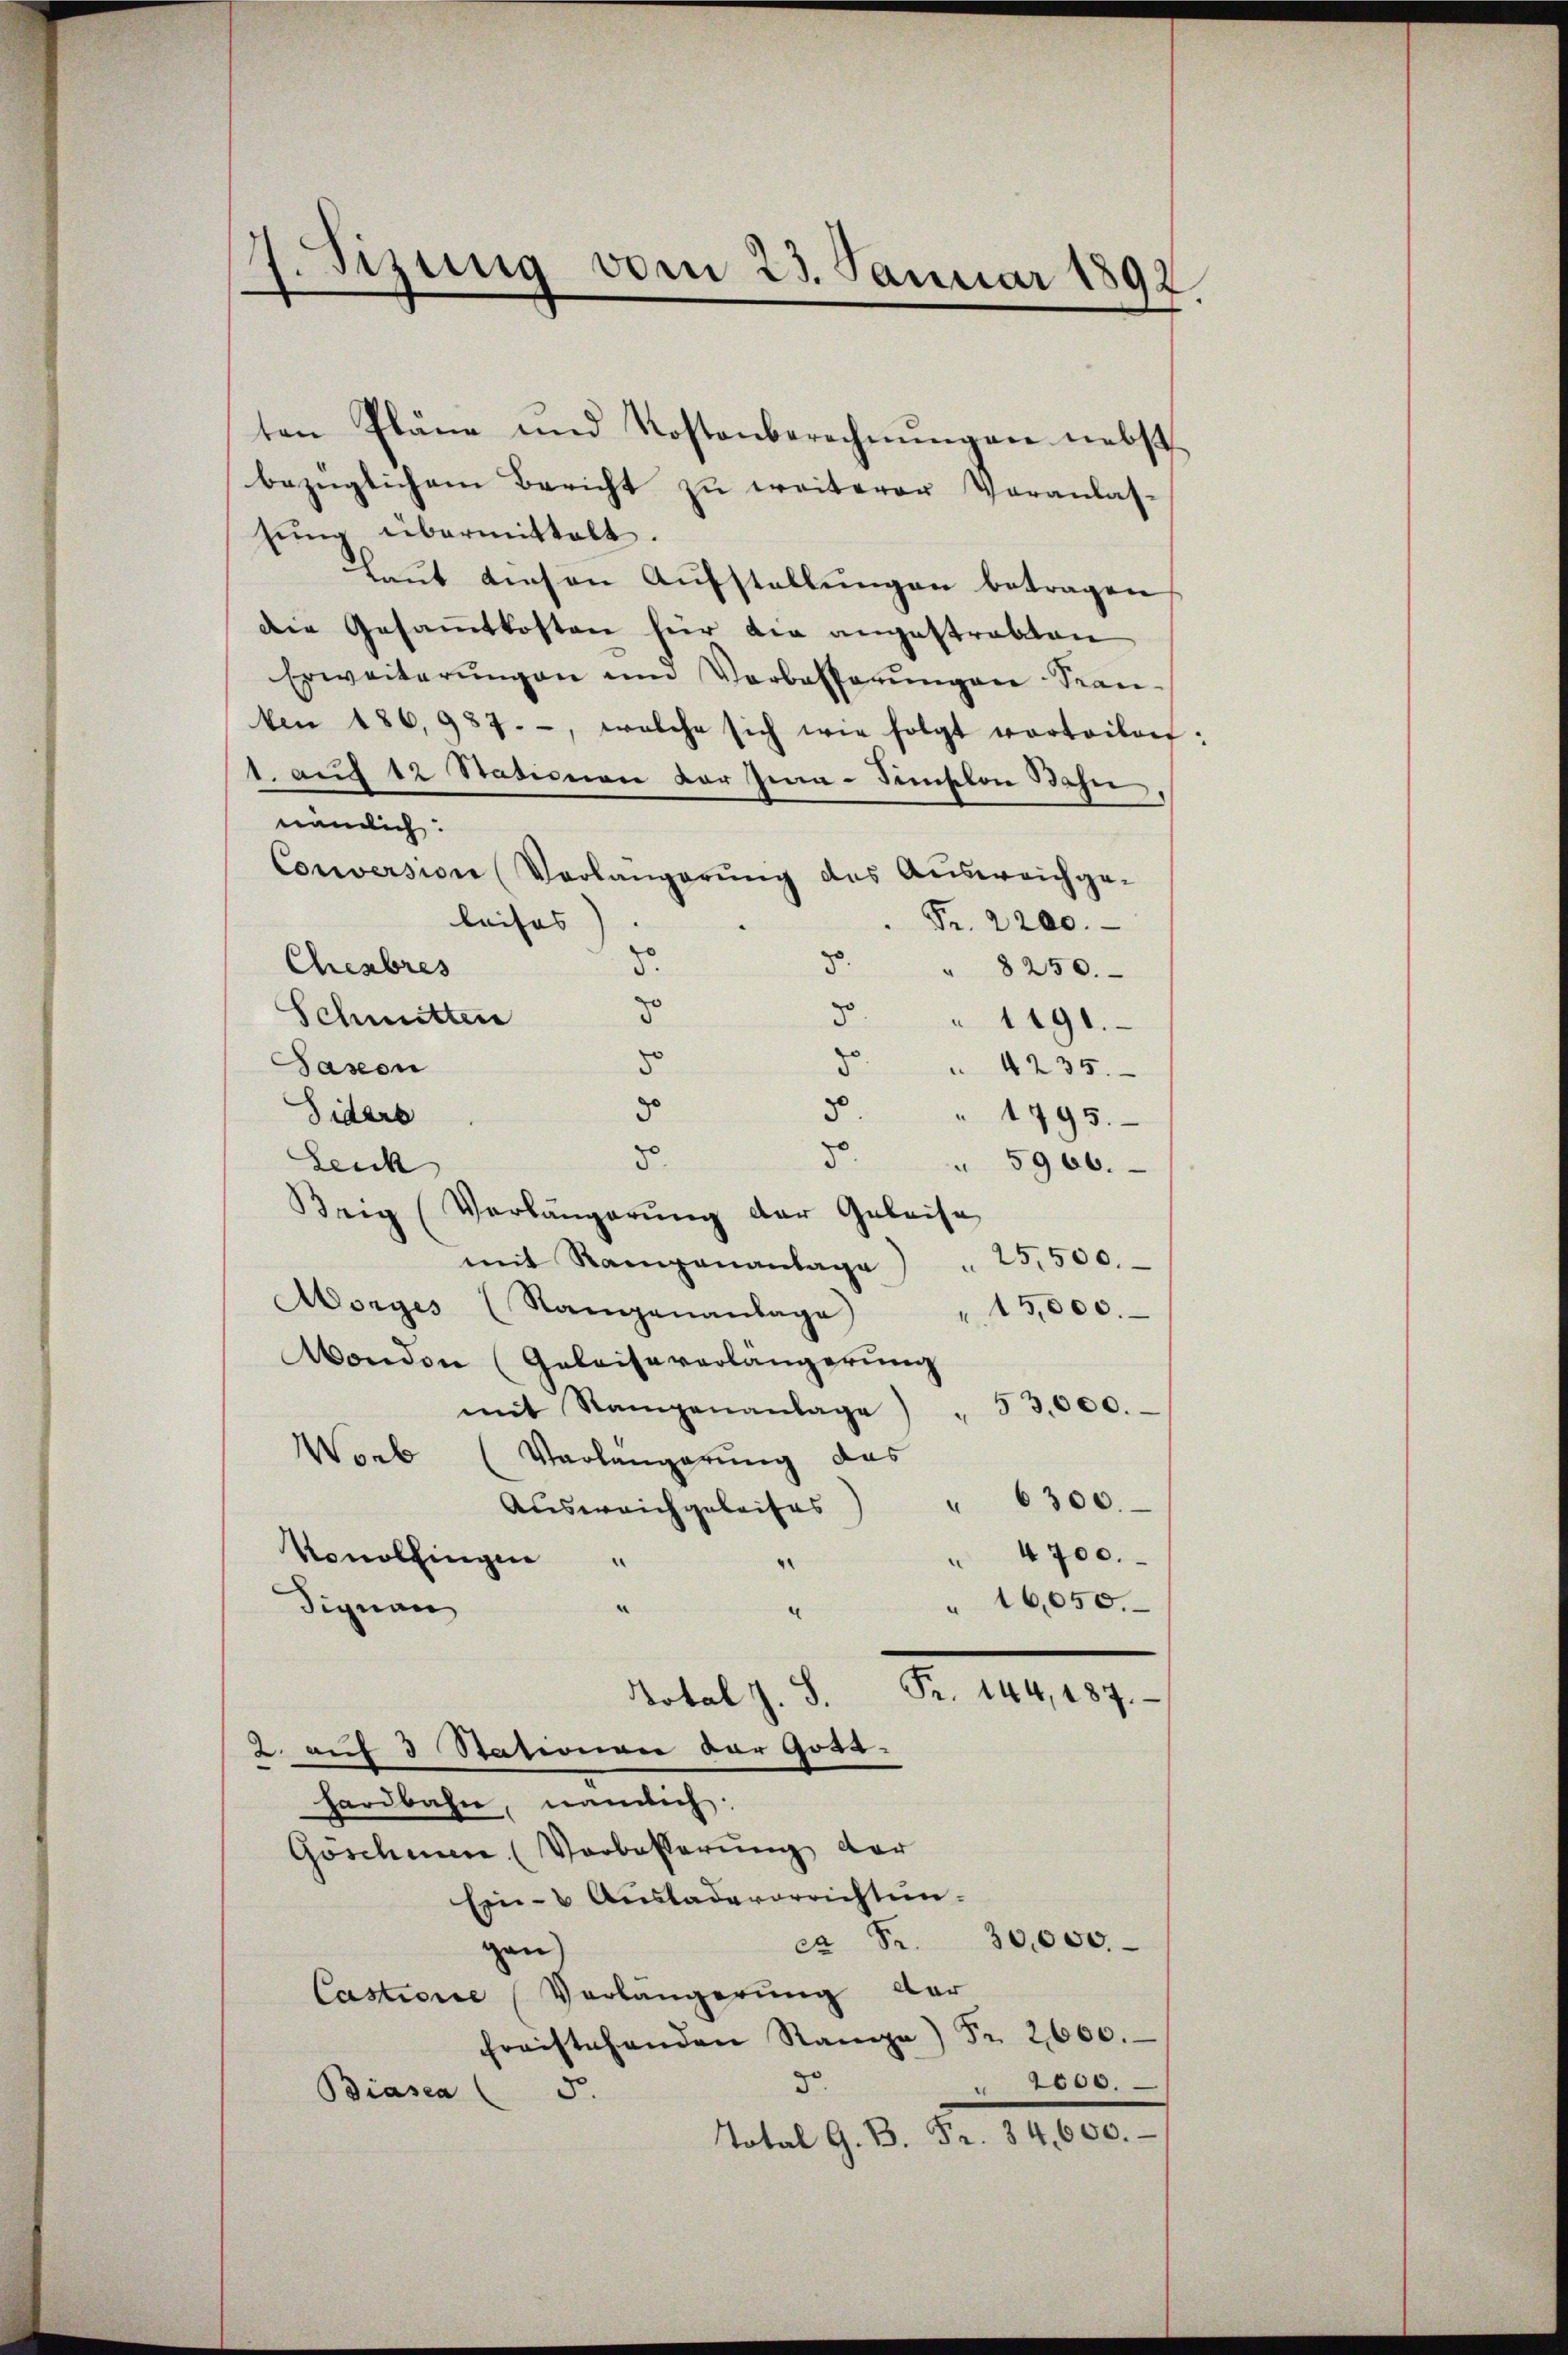
ten Pläne und Kostenberechnungen nebst
bezüglichem Bericht zu weiterer Veranlas-
tŭng übermittelt.
Laut diesen Aufstellungen betragen
die Gesammtkosten für die angestrakten
Erweiterungen und Vorbesserungen Seen-
ken 186,987. -, welche sich wie folgt vorteilen:
1. auf 12 Stationen der Ima-Simston Bahn,
nämlich:
Conversion (Verlangerŭng des Aŭsweichge-
leises |
Fr. 2200.
8.
Chenbres
5 " 8250.
zo
Schmitten
d. " 1191.
do
Jason
 . 4235.
5
d
Siders
" 1795.
30.
5
Leuk
5900.
Beig (Verlängerung der Geleise
25,500.
mit Rampenantage
Aorges (Stangenanlage)
15,000.
Mondon (Geleiseverlängerung
mit Stampenanlage) " 53,000.
Worb (Verlangerung das
Aŭsweichgeleises) " 6300.
Konolfingen
4700.
e
 16,050.
Signan
.
Fr. 144, 187.
Notal z. B.
2. auf 3 Stationen der Gosa.
hardbahn, nämlich:
Goschien. (Vorbesserung der
Ein- Aŭsladevorrichtunca Fr. 30,000.
gan
Castione (Vorlängerung der
freistehenden Range) Fr. 2600.
 2000.
3.
5.
Biasca
Total G. B. Fr. 34,600.

7. Sizung vom 23. Januar 1892.